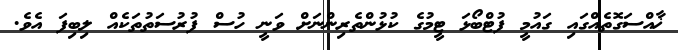
ޚާއްސަގޮތެއްގައި ގައުމީ ފުޓްބޯޅަ ޓީމުގެ ކުޅުންތެރިންނަށް ވަނީ ހުސް ފުރުސަތުތަކެއް ލިބިފަ އެވެ.